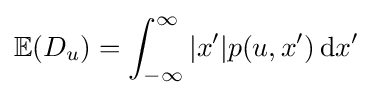
\mathbb {E} (D_{u})=\int _{-\infty }^{\infty }|x'|p(u,x')\,\mathrm {d} x'